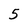
Character: 5